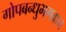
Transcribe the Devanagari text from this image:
गोपबन्धुभगवान